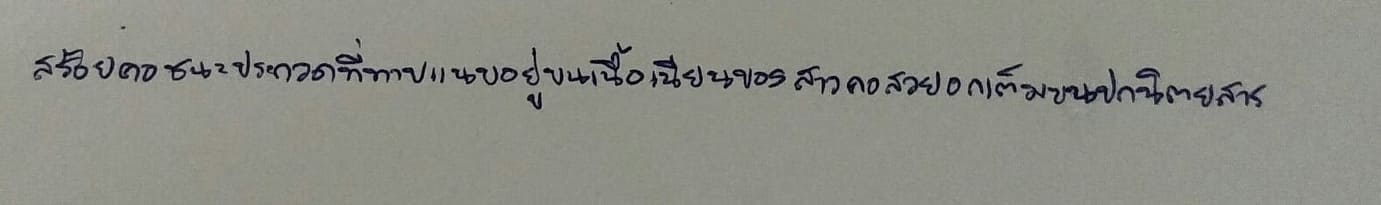
สร้อยคอชนะประกวดที่ทาบแนบอยู่บนเนื้อเนียนของสาวคอสวยอกเต็มบนปกนิตยสาร